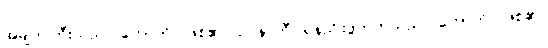
အမျက်ကြီးသည်။ ဟောတိ၊ ဖြစ်၏။ ဥပနာဟီ၊ ရန်ညိုးဖွဲတတ်သည်။ ဟောတိ၊ ဖြစ်၏။